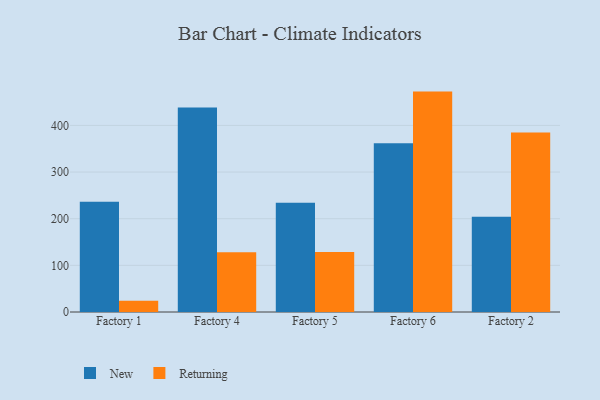
{"axis": {"x": "Factory", "y": "Population (Million)"}, "legend": ["New", "Returning"], "data": [{"x": "Factory 1", "y": 236.3, "type": "New"}, {"x": "Factory 1", "y": 24.3, "type": "Returning"}, {"x": "Factory 4", "y": 438.6, "type": "New"}, {"x": "Factory 4", "y": 128.3, "type": "Returning"}, {"x": "Factory 5", "y": 234.4, "type": "New"}, {"x": "Factory 5", "y": 128.6, "type": "Returning"}, {"x": "Factory 6", "y": 361.8, "type": "New"}, {"x": "Factory 6", "y": 472.5, "type": "Returning"}, {"x": "Factory 2", "y": 204.3, "type": "New"}, {"x": "Factory 2", "y": 384.8, "type": "Returning"}]}